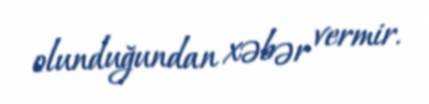
olunduğundan xəbər vermir.